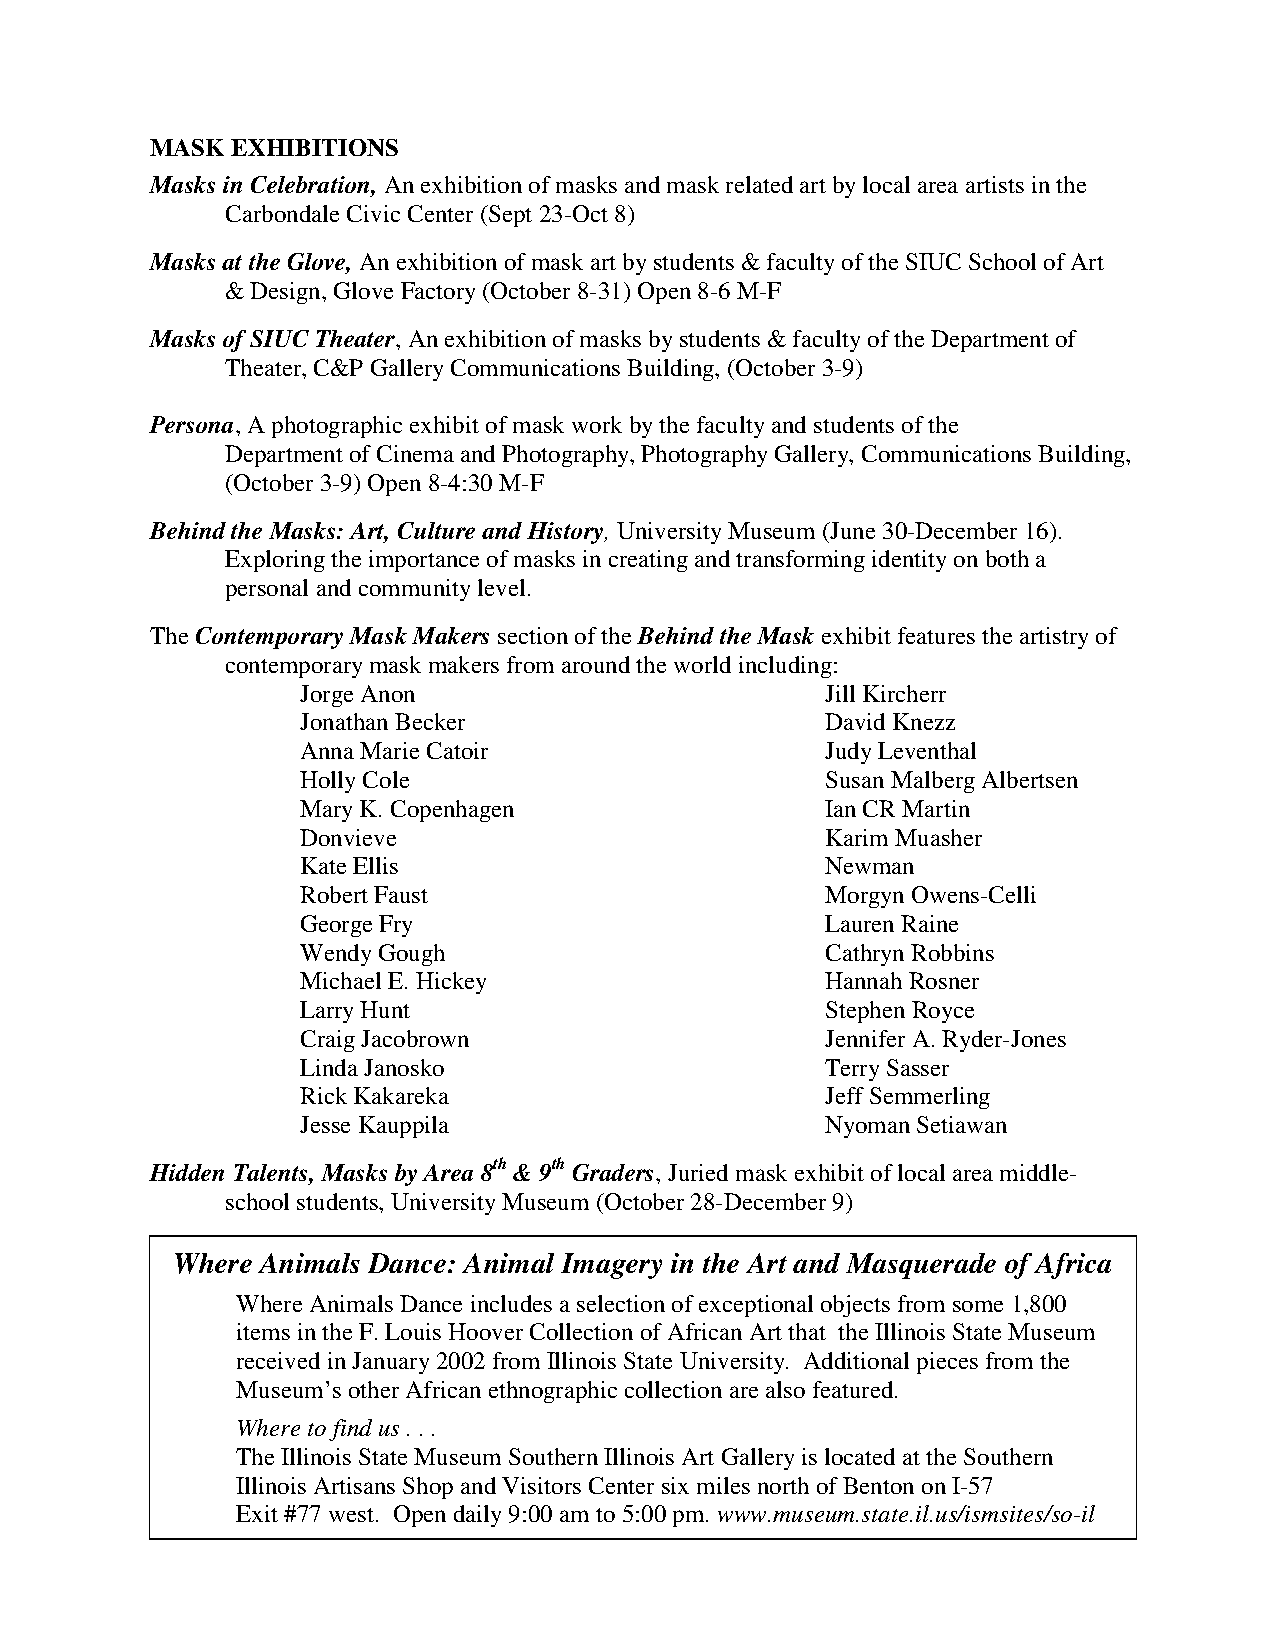
MASK EXHIBITIONS
 Masks in Celebration, An exhibition of masks and mask related art by local area artists in the
 Carbondale Civic Center (Sept 23-Oct 8)
 Masks at the Glove, An exhibition of mask art by students & faculty of the SIUC School of Art
 & Design, Glove Factory (October 8-31) Open 8-6 M-F
 Masks of SIUC Theater, An exhibition of masks by students & faculty of the Department of
 Theater, C&P Gallery Communications Building, (October 3-9)
 Persona, A photographic exhibit of mask work by the faculty and students of the
 Department of Cinema and Photography, Photography Gallery, Communications Building,
 (October 3-9) Open 8-4:30 M-F
 Behind the Masks: Art, Culture and History, University Museum (June 30-December 16).
 Exploring the importance of masks in creating and transforming identity on both a
 personal and community level.
 The Contemporary Mask Makers section of the Behind the Mask exhibit features the artistry of
 contemporary mask makers from around the world including:
 Jorge Anon                         Jill Kircherr
 Jonathan Becker                    David Knezz
 Anna Marie Catoir                  Judy Leventhal
 Holly Cole                         Susan Malberg Albertsen
 Mary K. Copenhagen                 Ian CR Martin
 Donvieve                           Karim Muasher
 Kate Ellis                         Newman
 Robert Faust                       Morgyn Owens-Celli
 George Fry                         Lauren Raine
 Wendy Gough                        Cathryn Robbins
 Michael E. Hickey                  Hannah Rosner
 Larry Hunt                         Stephen Royce
 Craig Jacobrown                    Jennifer A. Ryder-Jones
 Linda Janosko                      Terry Sasser
 Rick Kakareka                      Jeff Semmerling
 Jesse Kauppila                     Nyoman Setiawan
 Hidden Talents, Masks by Area 8th & 9th Graders, Juried mask exhibit of local area middle-
 school students, University Museum (October 28-December 9)
 Where Animals Dance: Animal Imagery in the Art and Masquerade of Africa
 Where Animals Dance includes a selection of exceptional objects from some 1,800
 items in the F. Louis Hoover Collection of African Art that the Illinois State Museum
 received in January 2002 from Illinois State University. Additional pieces from the
 Museum’s other African ethnographic collection are also featured.
 Where to find us . . .
 The Illinois State Museum Southern Illinois Art Gallery is located at the Southern
 Illinois Artisans Shop and Visitors Center six miles north of Benton on I-57
 Exit #77 west. Open daily 9:00 am to 5:00 pm. www.museum.state.il.us/ismsites/so-il